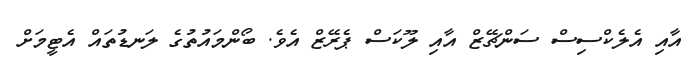
އާއި އެލެކްސިސް ސަންޗޭޒް އާއި ލޫކަސް ޕެރޭޒް އެވެ. ބޯންމައުތުގެ ލަނޑުތައް އެޓީމަށް